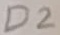
Text: D2